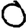
Digit: 0